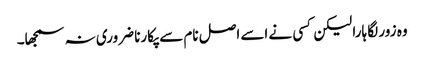
وہ زور لگا ہارا لیکن کسی نے اسے اصل نام سے پکارنا ضروری نہ سمجھا۔